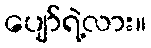
ပျော်ရဲ့လား။